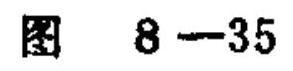
图 8 - 35